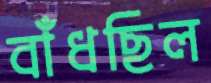
বাঁধছিল